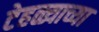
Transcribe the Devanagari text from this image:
टेहळ्याच्या